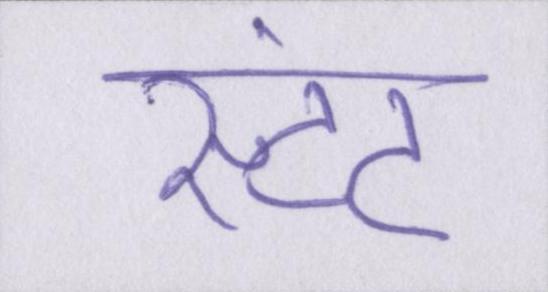
स्टंट